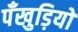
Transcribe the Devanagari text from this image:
पँखुड़ियों